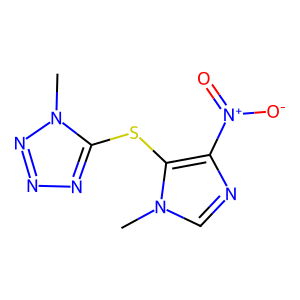
SMILES: Cn1cnc([N+](=O)[O-])c1Sc1nnnn1C
Inhibits HIV replication: No